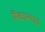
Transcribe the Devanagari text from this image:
मिळाल्याच